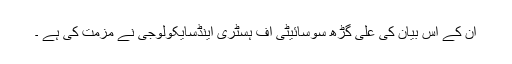
ان کے اس بیان کی علی گڑھ سوسائیٹی آف ہسٹری اینڈسایکولوجی نے مزمت کی ہے ۔